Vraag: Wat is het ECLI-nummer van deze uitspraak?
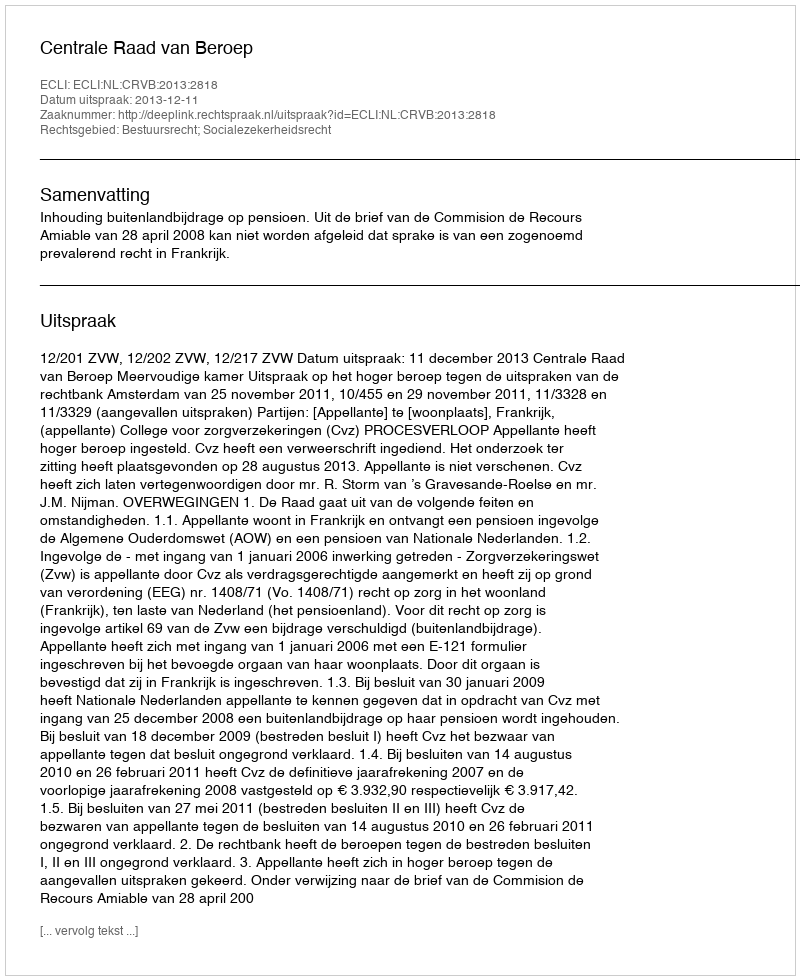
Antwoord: ECLI:NL:CRVB:2013:2818